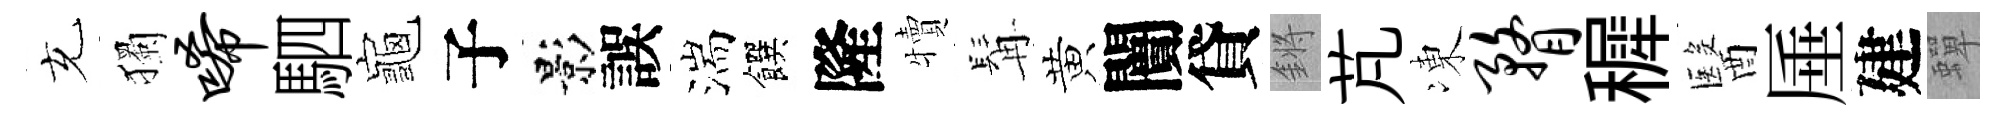
充獨唏駟龜子影誤湍饌隆犢髯黄闠貸鏘芃凍瞀穉醫厜建蟬